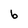
Character: b